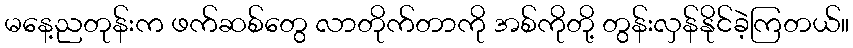
မနေ့ညတုန်းက ဖက်ဆစ်တွေ လာတိုက်တာကို အစ်ကိုတို့ တွန်းလှန်နိုင်ခဲ့ကြတယ်။